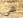
هي